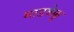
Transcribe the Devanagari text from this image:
माडबेक्कू